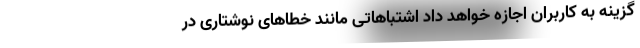
گزینه به کاربران اجازه خواهد داد اشتباهاتی مانند خطاهای نوشتاری در